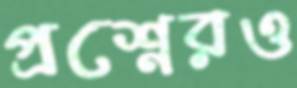
প্রশ্নেরও